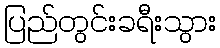
ပြည်တွင်းခရီးသွား